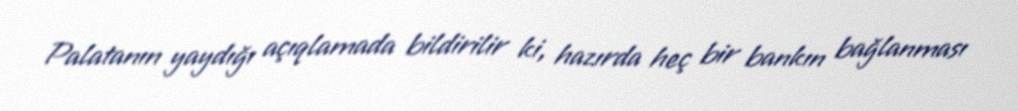
Palatanın yaydığı açıqlamada bildirilir ki, hazırda heç bir bankın bağlanması